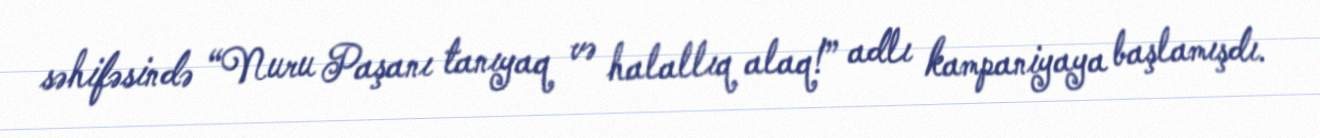
səhifəsində “Nuru Paşanı tanıyaq və halallıq alaq!” adlı kampaniyaya başlamışdı.